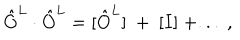
\hat { O } ^ { L } \cdot \hat { O } ^ { L } = [ \hat { O } ^ { L } ] ~ + ~ [ I ] ~ + . . . ~ ,